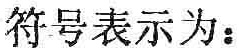
符号表示为：